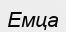
Емца